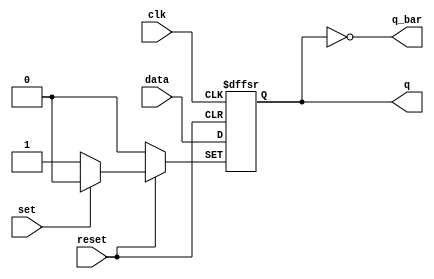
module asynch_df_behav (q, q_bar, data, set, clk, reset );
  input 		data, set, reset, clk;
	  output 		q, q_bar;
	  reg 		q;

	  assign q_bar = ~q;

  always @  (negedge set or negedge reset or posedge clk)
    begin
      if (reset == 0) q <= 0; 
  else if (set == 0) q <= 1; 
    else q <= data; 		// synchronized activity
     end
endmodule